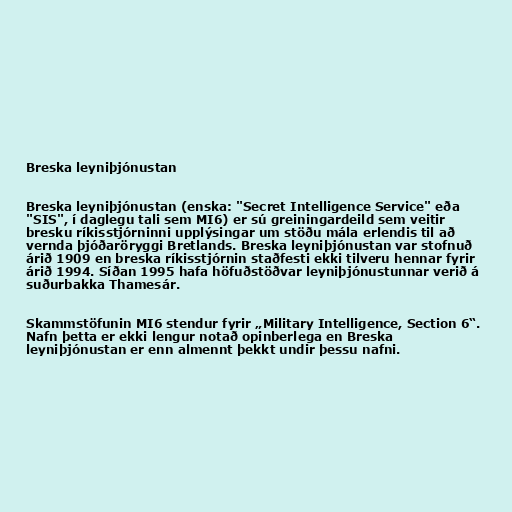
Breska leyniþjónustan

Breska leyniþjónustan (enska: "Secret Intelligence Service" eða
"SIS", í daglegu tali sem MI6) er sú greiningardeild sem veitir
bresku ríkisstjórninni upplýsingar um stöðu mála erlendis til að
vernda þjóðaröryggi Bretlands. Breska leyniþjónustan var stofnuð
árið 1909 en breska ríkisstjórnin staðfesti ekki tilveru hennar fyrir
árið 1994. Síðan 1995 hafa höfuðstöðvar leyniþjónustunnar verið á
suðurbakka Thamesár.

Skammstöfunin MI6 stendur fyrir „Military Intelligence, Section 6“.
Nafn þetta er ekki lengur notað opinberlega en Breska
leyniþjónustan er enn almennt þekkt undir þessu nafni.